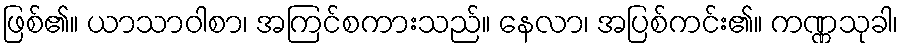
ဖြစ်၏။ ယာသာဝါစာ၊ အကြင်စကားသည်။ နေလာ၊ အပြစ်ကင်း၏။ ကဏ္ဏသုခါ၊